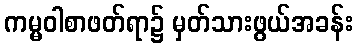
ကမ္မဝါစာဖတ်ရာ၌ မှတ်သားဖွယ်အခန်း